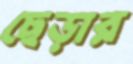
ছেড়ার